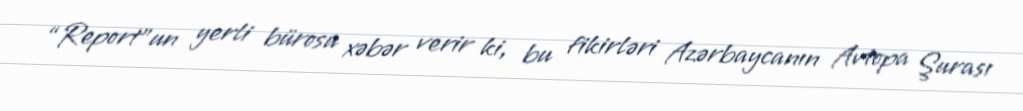
“Report”un yerli bürosu xəbər verir ki, bu fikirləri Azərbaycanın Avtopa Şurası